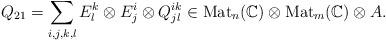
LaTeX: \begin{align*}Q_{21} = \sum_{i,j,k,l} E^k_l \otimes E^i_j \otimes Q^{ik}_{jl} \in \mathrm{Mat}_n(\mathbb{C}) \otimes \mathrm{Mat}_m(\mathbb{C}) \otimes A.\end{align*}